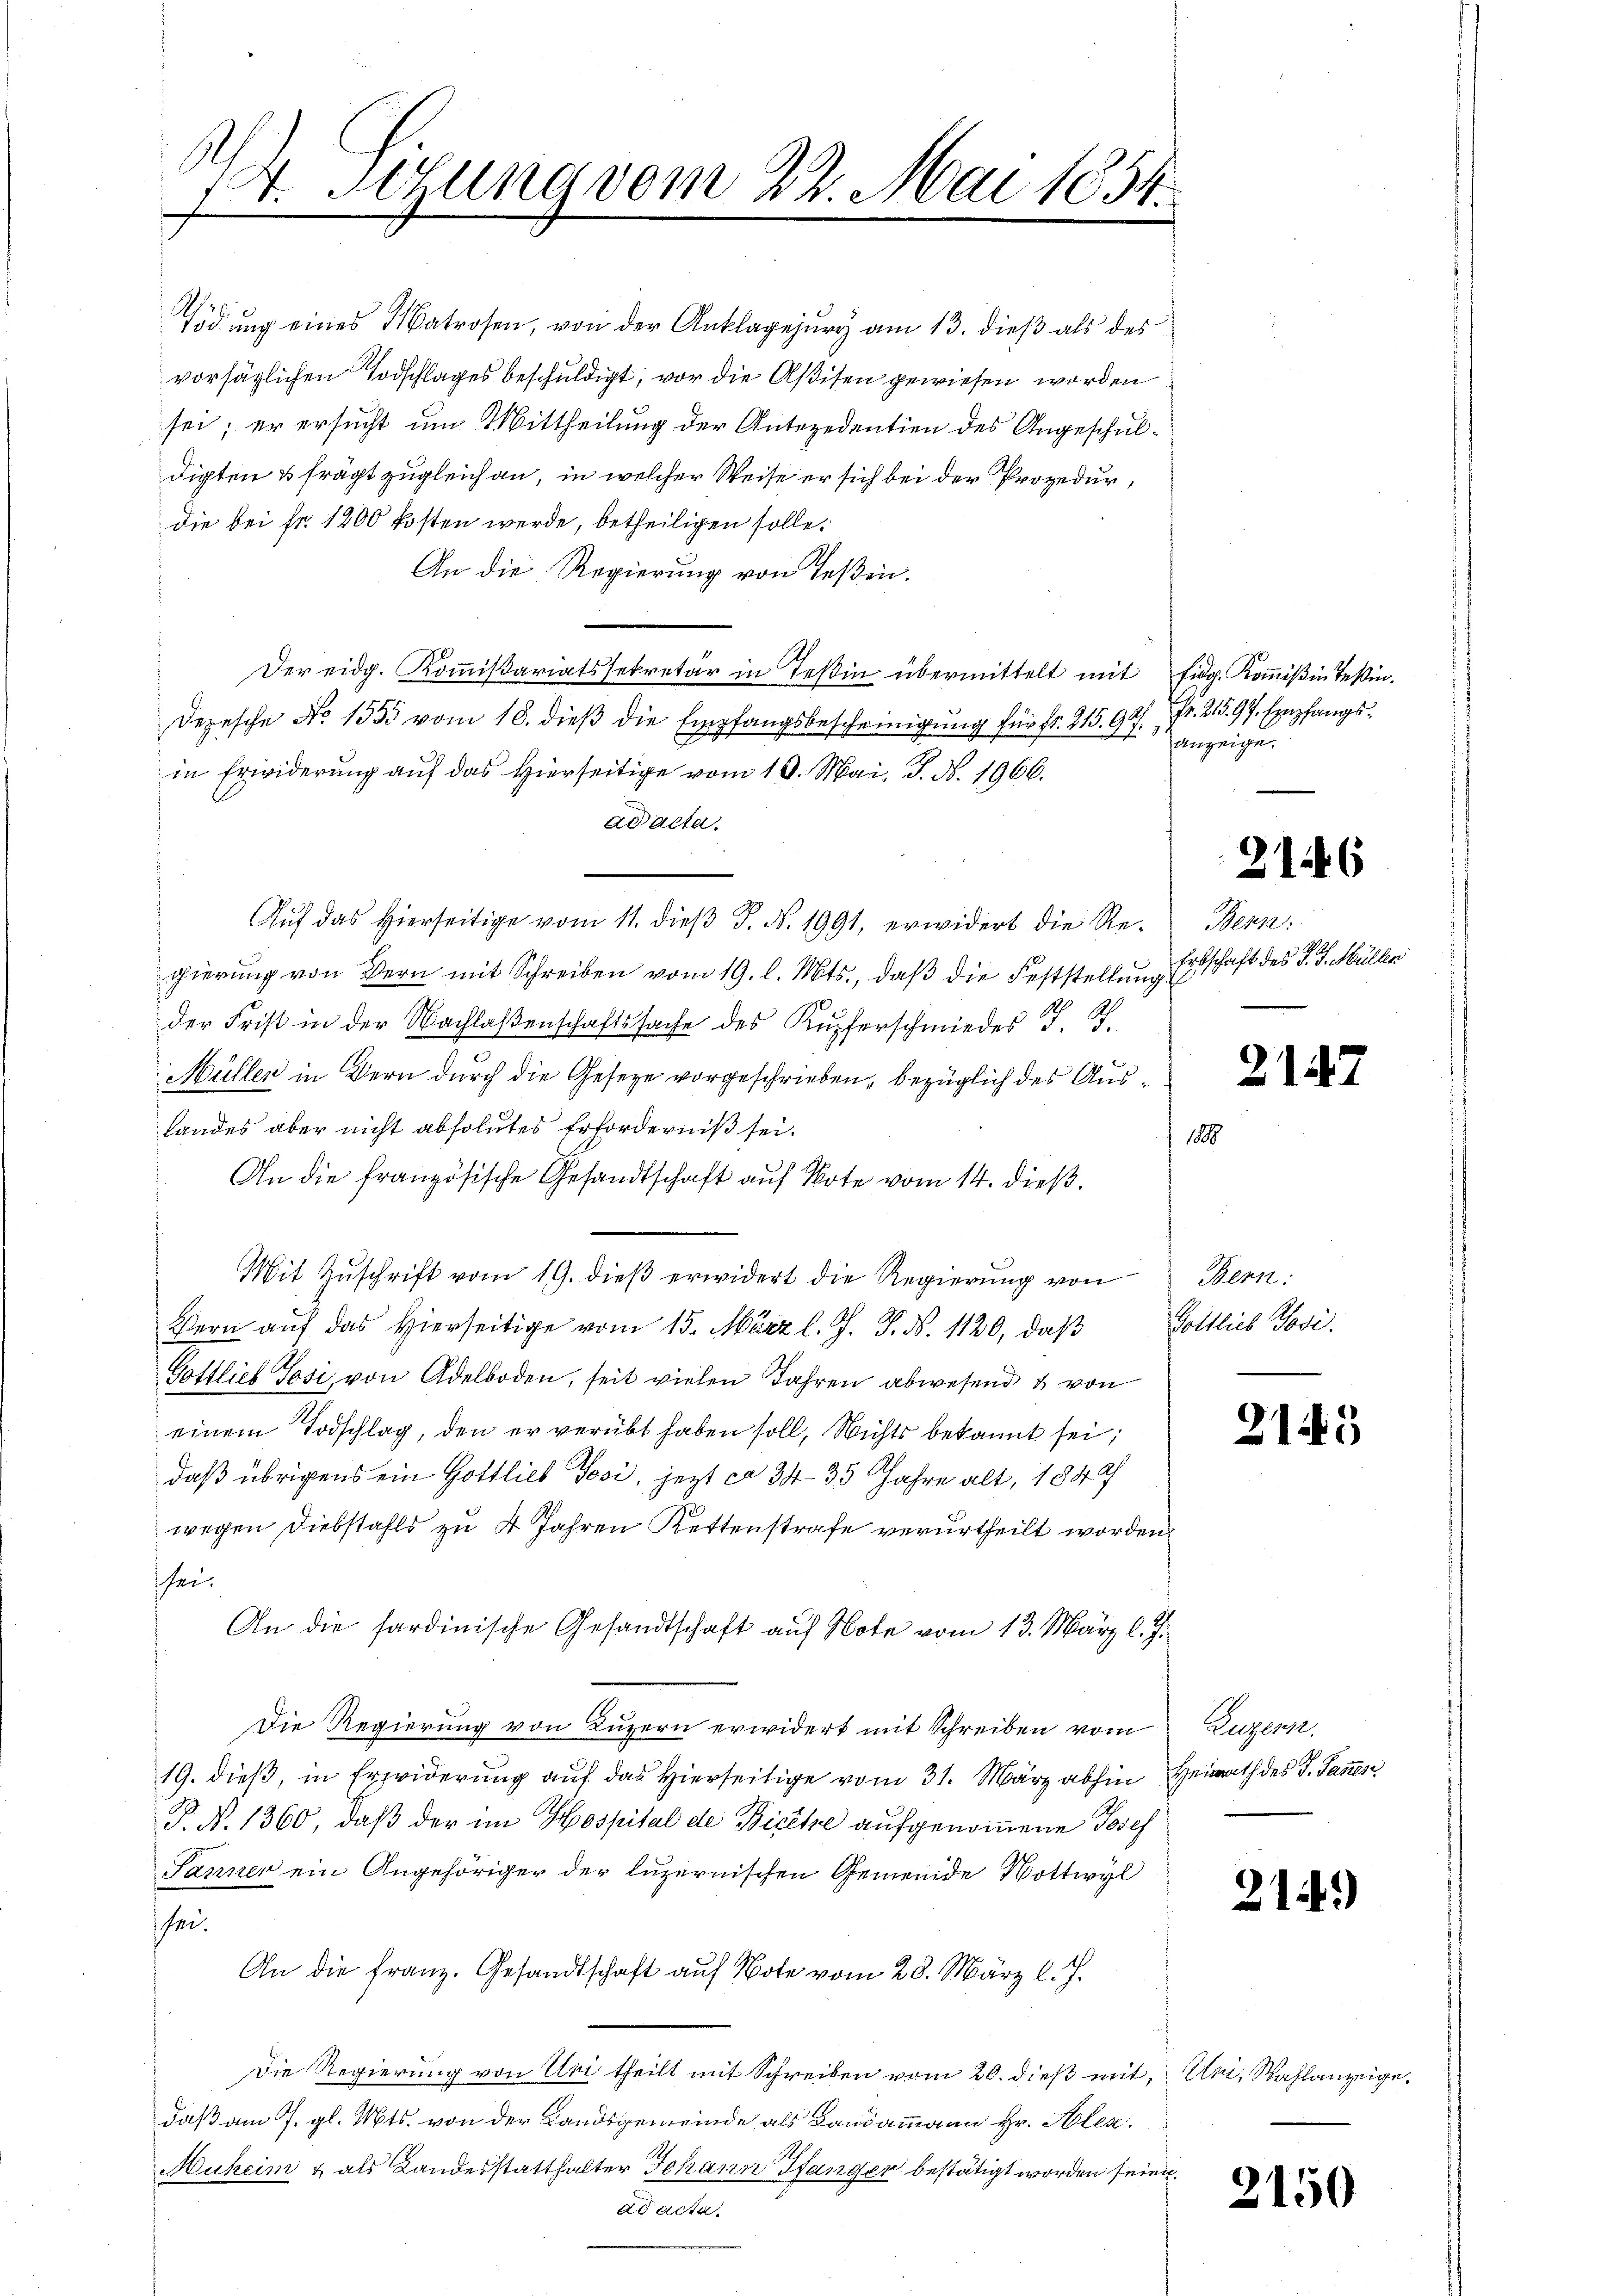
.
14. Sitzung vom 22. Mai 1854.
2

Tödŭng eines Matrosen, von der Anklagejŭry am 13. dieβ als des
vorsätzlichen Todschlages beschuldigt, vor die Aßisen gewiesen worden
sei; er ersucht um Mittheilung der Antezedentien des Angeschuldigten & frägt zugleich an, in welcher Weise er sich bei der Prozedur,
die bei fr. 1200 kosten werde, betheiligen solle.
An die Regierung von Teßin.
Der eidg. Kommißariatssekretär in Teßin übermittelt mit Eidg. Kommißion Teßin.
Depesche No 1555 vom 18. dieß die Empfangsbescheinigung für fr. 215. 97.
in Erwiderung auf das hierseitige vom 19. Mai, J. N. 1966.
ad acta.
Aŭf das hierseitige vom 11. dieβ J. N. 1991, erwidert die Regierung von Bern mit Schreiben vom 19. l. Mts., daß die Feststellung
der Frist in der Nachlaßenschaftssache des Kupferschmieder J. J.
Müller in Bern durch die Geseze vorgeschrieben, bezüglich des Aus¬
Landes aber nicht absolutes Erforderniß sei.
An die französische Gesandtschaft auf Note vom 14. dieß.
Mit Zŭschrift vom 19. dieβ erwidert die Regierŭng von Bern:
Bern aŭf das hierseitige vom 15. März l. J. J. N. 1120, daß
Gottlieb Tosi, von Adelboden, seit vielen Jahren abwesend & von
einem Todschlag, den er verübt haben soll, Nichts bekannt sei;
daß übrigens ein Gottlieb Josi, jezt ca 34 35 Jahre alt, 1844
wegen Diebstahls zu 4 Jahren Kettenstrafe verurtheilt worden.
sei.
An die sardinische Gesandtschaft auf Note vom 13. März l. J.
Die Regierung von Luzern erwidert mit Schreiben vom
19. dieß, in Erwiderung auf das Hierseitige vom 31. März abhin Heides J. Jan
P. N. 1360, daß der im Hospital de Biete aufgenommene Josef
Jänner ein Angehöriger der luzernischen Gemeinde Nottwyl
sei.
An die Franz. Gesandtschaft auf Note vom 28. März l. J.
Die Regierung von Uri theilt mit Schreiben vom 20. dieß mit Uri, Wahlanzeigedaß am 7. gl. Mts. von der Landsgemeinde als Landammann Hr. Alex.
Muheim & als Landesstatthalter Johann Pfanger bestätigt worden seien.
ad acta.

Fr. 215. 97. Empfangs
anzeige.

2

16

Bern:
Erbschaft des J. J. Müller

2147

Gottlieb Tosi.

2143

Legers,

214)

2150